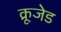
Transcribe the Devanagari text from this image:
क्रूजेड